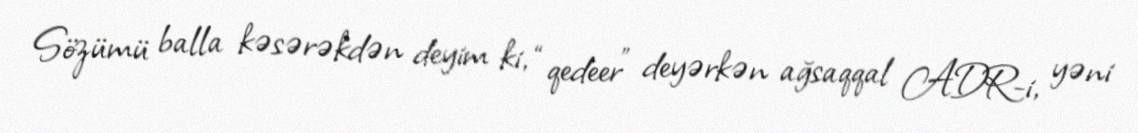
Sözümü balla kəsərəkdən deyim ki, “qedeer” deyərkən ağsaqqal ADR-i, yəni